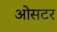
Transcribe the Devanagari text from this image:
ओसटर